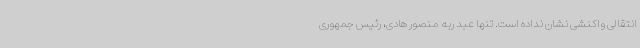
انتقالی واکنشی نشان نداده است. تنها عبد ربه منصور هادی، رئیس جمهوری